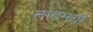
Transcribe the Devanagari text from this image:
नादमयी